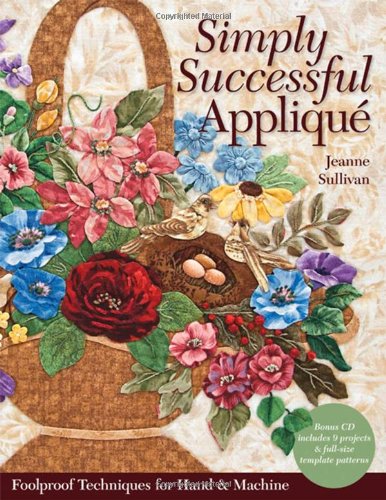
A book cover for Simply Successful Applique: Foolproof Technique  9 Projects  For Hand & Machine; Jeanne Sullivan; Crafts, Hobbies & Home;